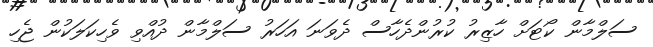
ސަލްމާން ކޯޓަށް ހާޒިރު ކުރުންދެހާސް ދެވަނަ އަހަރު ސަލްމާން ދުއްވި ވެހިކަލަކުން ޖެހި